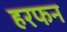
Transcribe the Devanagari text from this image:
हरफन